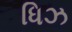
ધિઝ